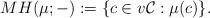
LaTeX: \begin{align*}MH(\mu;-):= \{ c\in v\mathcal{C}: \mu(c) \}.\end{align*}